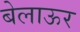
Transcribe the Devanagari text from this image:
बेलाऊर